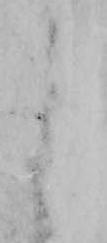
之